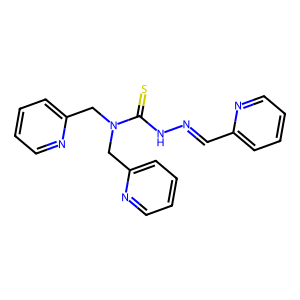
SMILES: S=C(NN=Cc1ccccn1)N(Cc1ccccn1)Cc1ccccn1
Inhibits HIV replication: No